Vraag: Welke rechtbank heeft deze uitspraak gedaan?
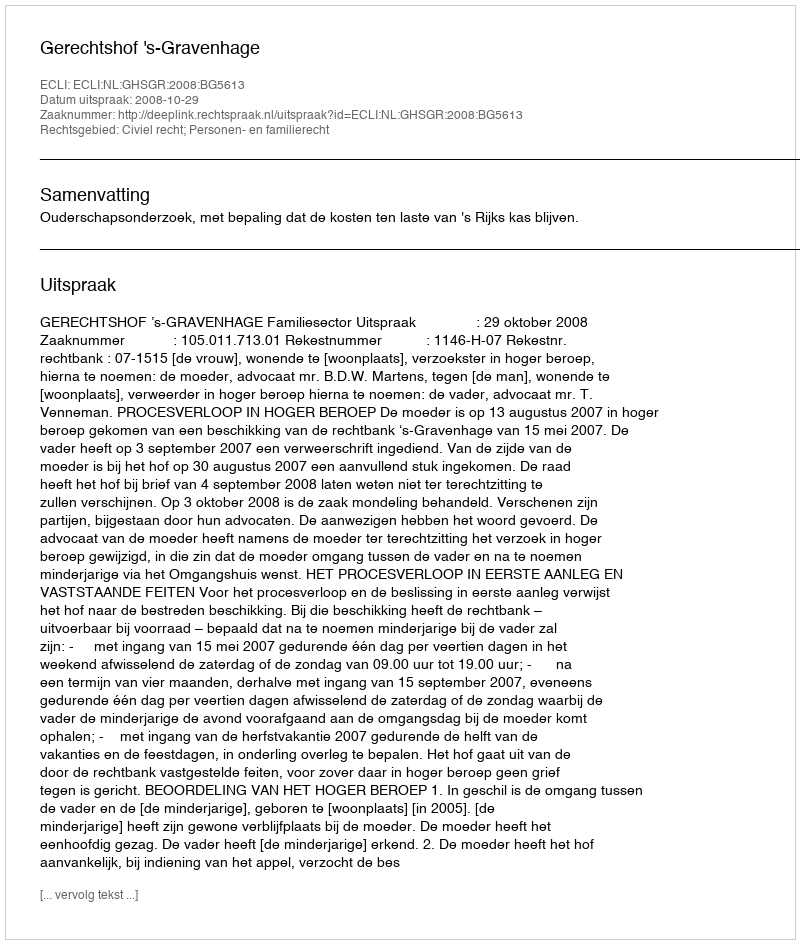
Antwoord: Gerechtshof 's-Gravenhage